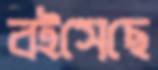
বইসেছে